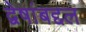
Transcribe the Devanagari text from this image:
द्वेषांबद्दल